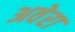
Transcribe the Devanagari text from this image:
अवेरा